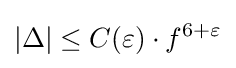
\vert \Delta \vert \leq C(\varepsilon )\cdot f^{6+\varepsilon }